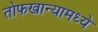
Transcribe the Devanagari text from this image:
तोफखान्यामध्ये